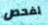
لفحص